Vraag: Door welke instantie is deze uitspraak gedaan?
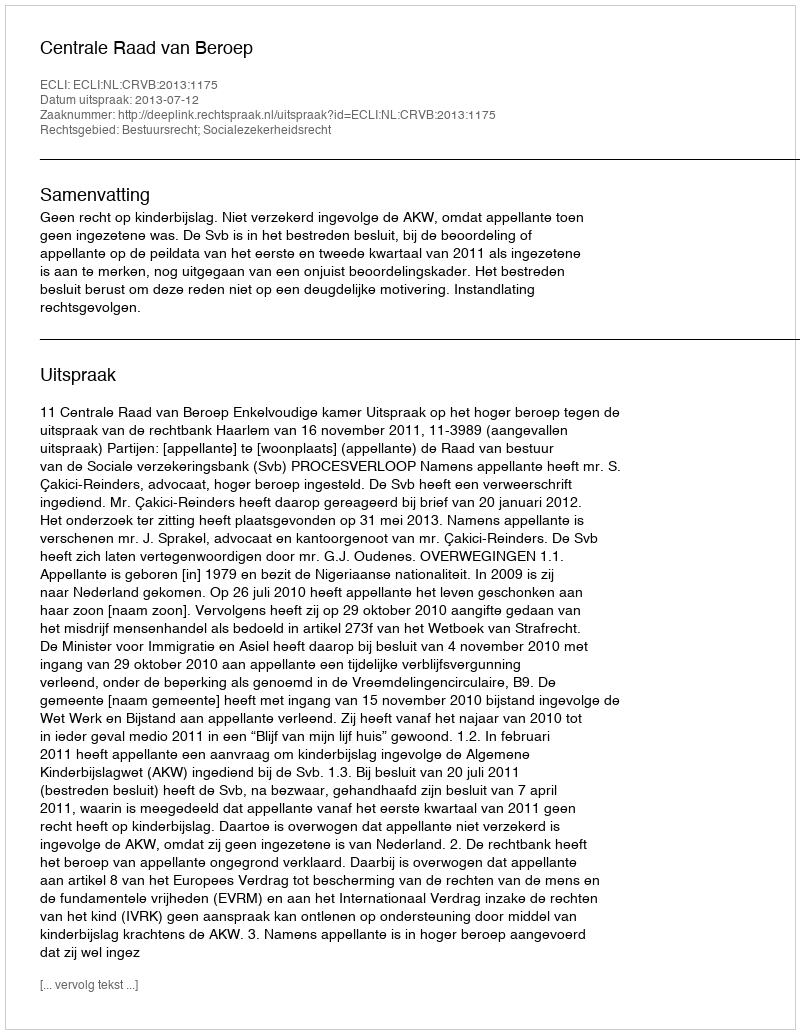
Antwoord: Centrale Raad van Beroep